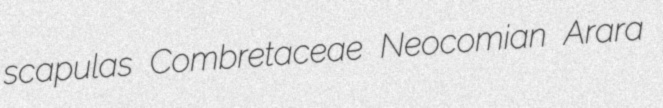
scapulas Combretaceae Neocomian Arara